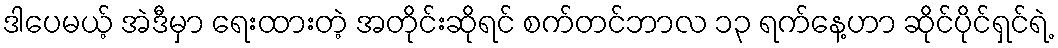
ဒါပေမယ့် အဲဒီမှာ ရေးထားတဲ့ အတိုင်းဆိုရင် စက်တင်ဘာလ ၁၃ ရက်နေ့ဟာ ဆိုင်ပိုင်ရှင်ရဲ့